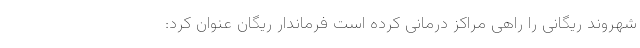
شهروند ریگانی را راهی مراکز درمانی کرده است فرماندار ریگان عنوان کرد: